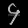
Digit: ၄